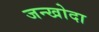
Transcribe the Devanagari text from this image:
जन्खोदा